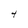
Character: 4